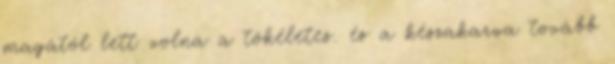
magától lett volna a tökéletes. és a készakarva tovább